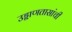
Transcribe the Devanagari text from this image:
उड्डाणतासांची